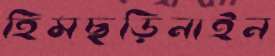
হিমছড়িনাইন